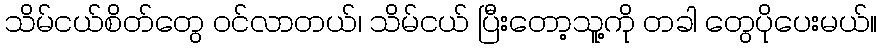
သိမ်ငယ်စိတ်တွေ ဝင်လာတယ်၊ သိမ်ငယ် ပြီးတော့သူ့ကို တခါ တွေပိုပေးမယ်။